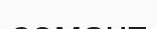
семант